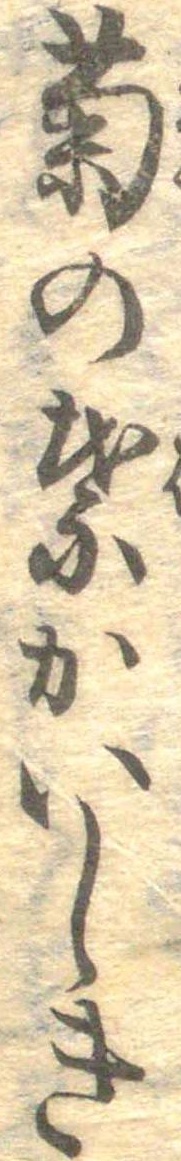
菊の葉かいしき